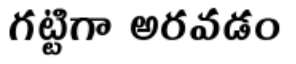
గట్టిగా అరవడం